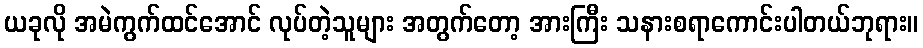
ယခုလို အမဲကွက်ထင်အောင် လုပ်တဲ့သူများ အတွက်တော့ အားကြီး သနားစရာကောင်းပါတယ်ဘုရား။